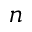
n